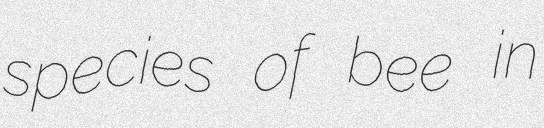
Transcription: species of bee in